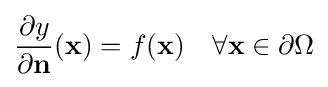
{\frac {\partial y}{\partial \mathbf {n} }}(\mathbf {x} )=f(\mathbf {x} )\quad \forall \mathbf {x} \in \partial \Omega